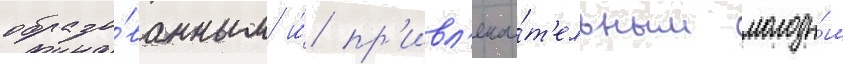
образо́ванным и́ пр'ивл'ека́т'ельным молоды́м